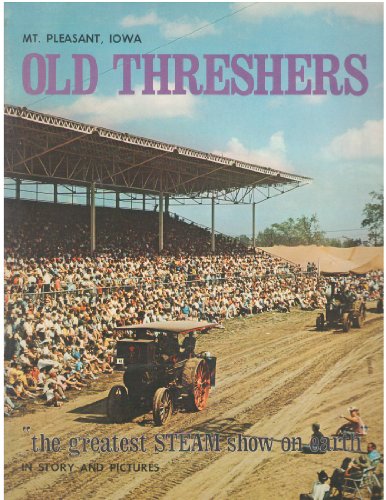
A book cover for Old threshers: The greatest steam and gas show on earth; Dana Close Jennings; Travel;